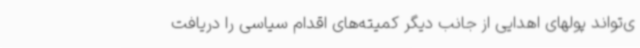
ی‌تواند پولهای اهدایی از جانب دیگر کمیته‌های اقدام سیاسی را دریافت